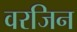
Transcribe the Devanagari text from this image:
वरजिन